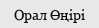
Орал Өңірі